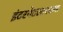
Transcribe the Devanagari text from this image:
इंटरनेटसारख्या